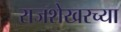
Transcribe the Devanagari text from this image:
राजशेखरच्या